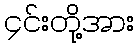
၄င်းတို့အား